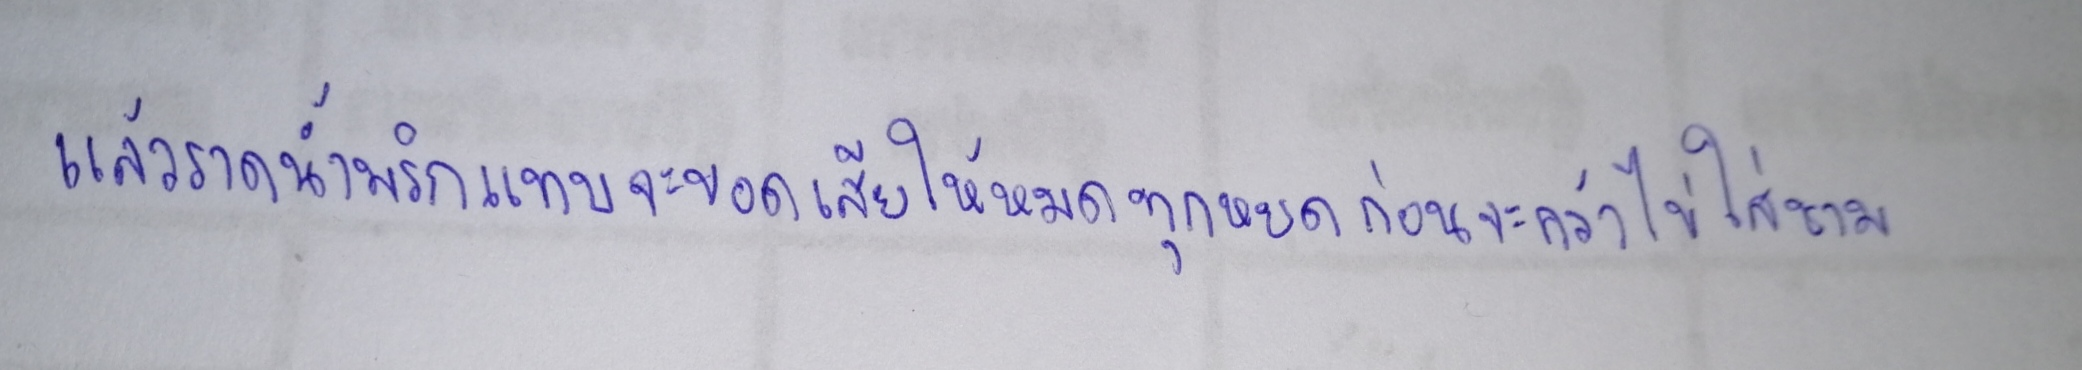
แล้วราดน้ำพริกแทบจะขอดเสียให้หมดทุกหยดก่อนจะคว้าไข่ใส่ชาม